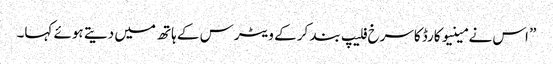
” اس نے مینیو کارڈ کاسرخ فلیپ بند کر کے ویٹرس کے ہاتھ میں دیتے ہوئے کہا۔